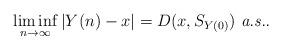
LaTeX: \begin{align*}\liminf_{n \to \infty}|Y(n) -x| = D(x,S_{Y(0)}) \mbox{ {\em a.s..}}\end{align*}